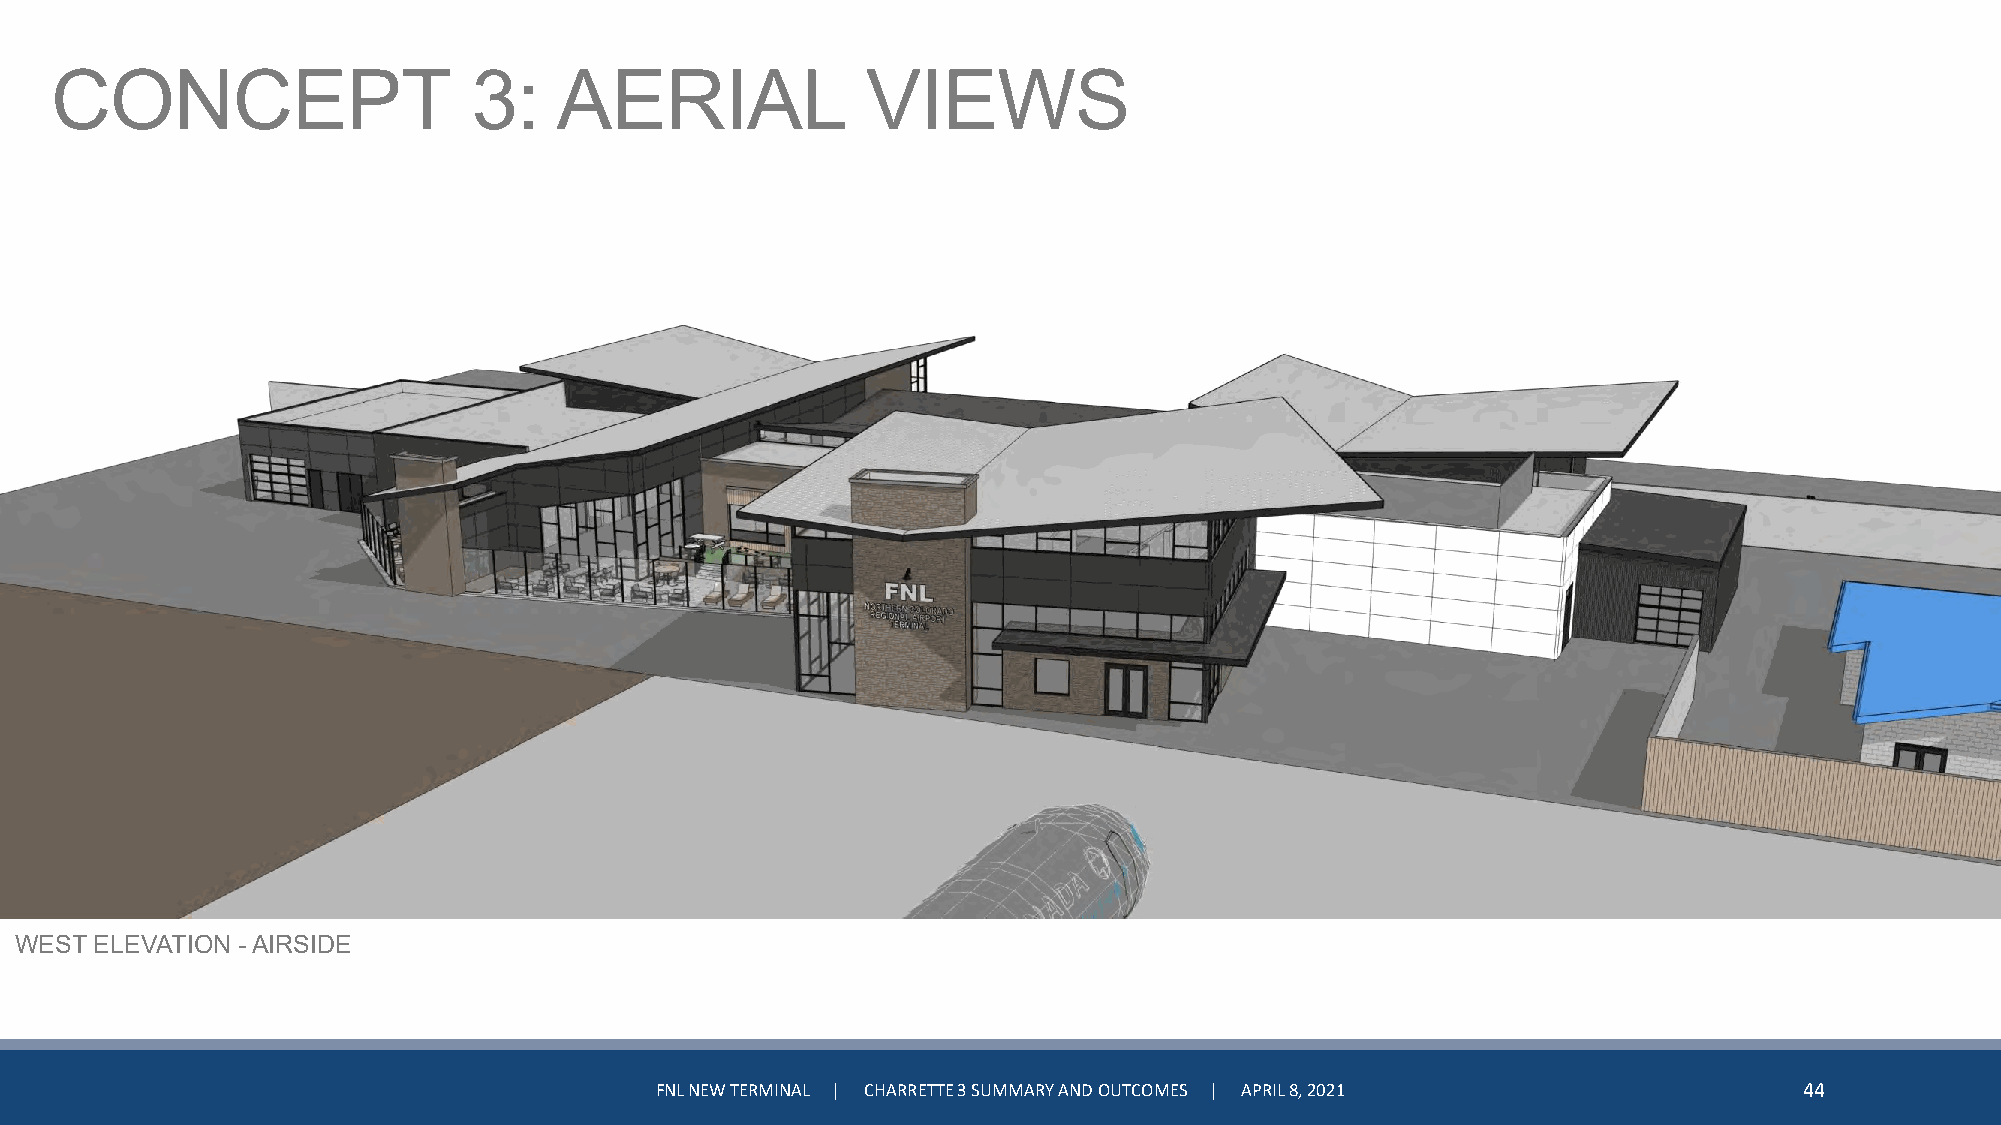
CONCEPT                     3:    AERIAL              VIEWS
 WEST ELEVATION -AIRSIDE
 FNL NEW TERMINAL | CHARRETTE 3 SUMMARY AND OUTCOMES | APRIL 8, 2021         44